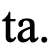
ta.